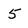
Character: 5